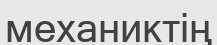
механиктің